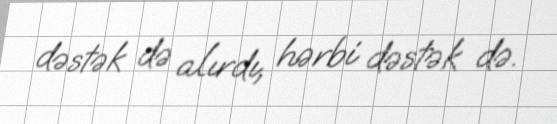
dəstək də alırdı, hərbi dəstək də.